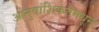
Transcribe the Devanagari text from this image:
आनुवांशिकतेमधून